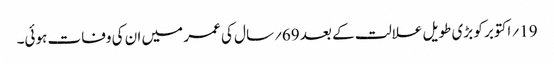
19؍ اکتوبر کو بڑی طویل علالت کے بعد 69؍سال کی عمر میں ان کی وفات ہوئی۔